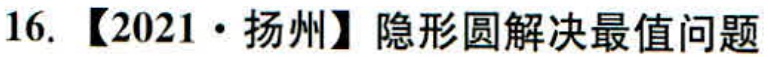
16. 【2021 • 扬州】隐形圆解决最值问题